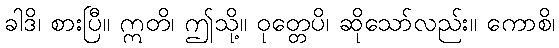
ခါဒိ၊ စားပြီ။ ဣတိ၊ ဤသို့။ ဝုတ္တေပိ၊ ဆိုသော်လည်း။ ကောစိ၊